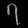
Digit: ၇